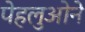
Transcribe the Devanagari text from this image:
पेहलुओने